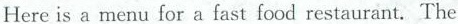
Here is a menu for a fast food restaurant.The